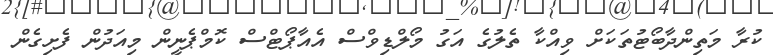
ކުރާ މަތިންދާބޯޓުތަކަށް ވިއްކާ ތެލުގެ އަގު މޯލްޑިވްސް އެއާޕޯޓްސް ކޮމްޕެނީން މިއަދުން ފެށިގެން